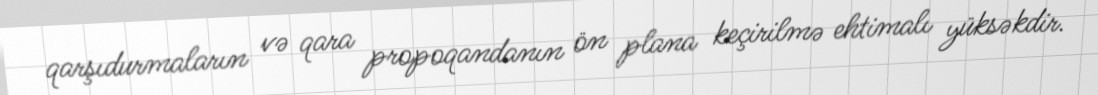
qarşıdurmaların və qara propoqandanın ön plana keçirilmə ehtimalı yüksəkdir.